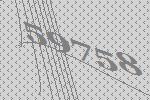
59758